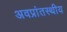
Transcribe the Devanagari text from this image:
अवप्रांतस्थीय